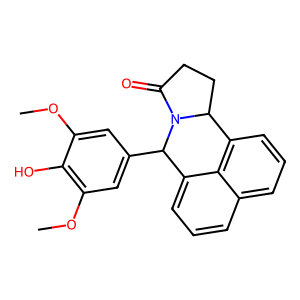
SMILES: COc1cc(C2c3cccc4cccc(c34)C3CCC(=O)N32)cc(OC)c1O
Inhibits HIV replication: No